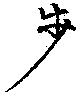
歩